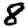
Digit: 8